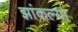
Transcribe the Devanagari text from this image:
झांकल्या